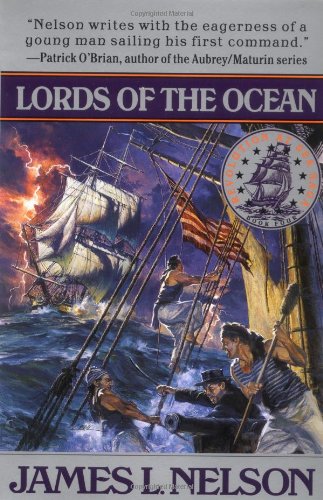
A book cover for Lords of the Ocean (Revolution at Sea Trilogy #4); James L. Nelson; Literature & Fiction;